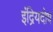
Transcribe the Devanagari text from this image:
इंद्रियदोष